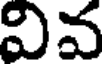
వివ